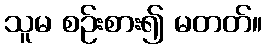
သူမ စဉ်းစား၍ မတတ်။